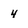
Character: 4